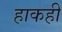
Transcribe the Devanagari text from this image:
हाकही